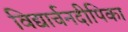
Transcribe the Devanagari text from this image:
विद्यार्चनदीपिका